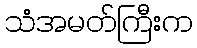
သံအမတ်ကြီးက